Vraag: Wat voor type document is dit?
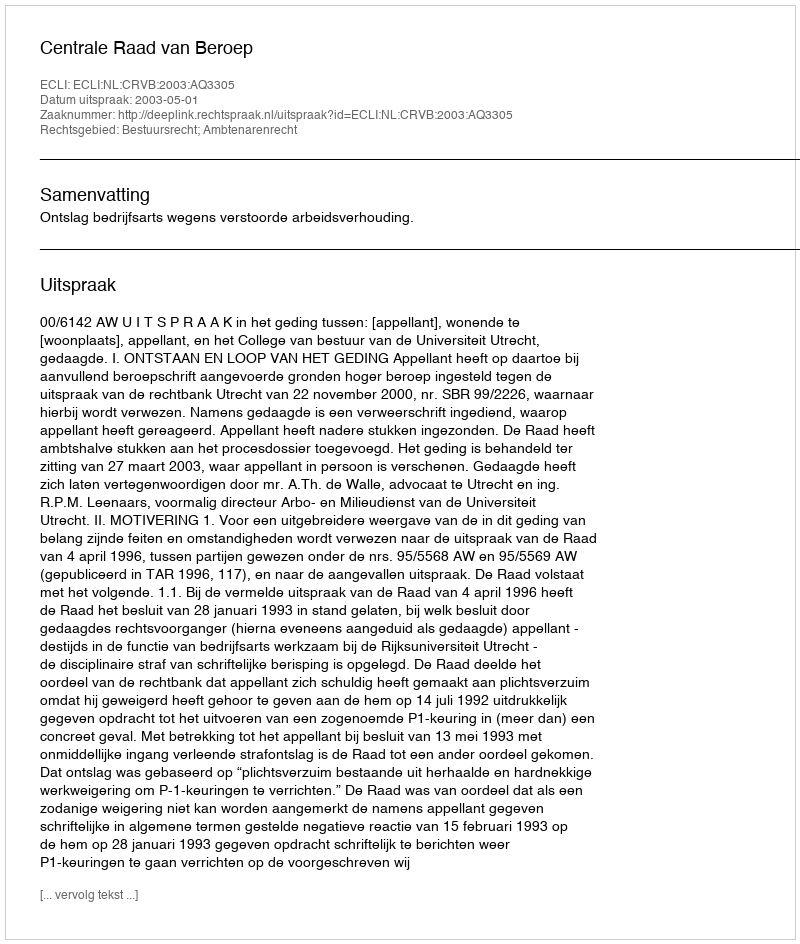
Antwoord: Uitspraak